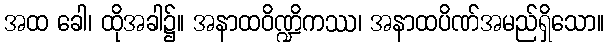
အထ ခေါ၊ ထိုအခါ၌။ အနာထဝိဏ္ဍိကဿ၊ အနာထပိဏ်အမည်ရှိသော။